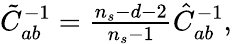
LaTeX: \begin{array}{r}{\tilde{C}_{ab}^{-1}=\frac{n_{s}-d-2}{n_{s}-1}\hat{C}_{ab}^{-1},}\end{array}